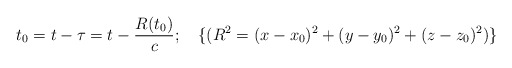
\begin{align*}t_0=t-\tau=t-\frac{R(t_0)}{c};\quad\{(R^2=(x-x_0)^2+(y-y_0)^2+(z-z_0)^2)\}\end{align*}